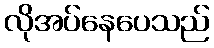
လိုအပ်နေပေသည်